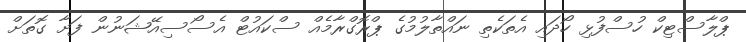
ޕްލާސްޓިކް ހުސްފުޅި ހޯދައި އެތަކެތި ނައްތާލުމުގެ ޕްރޮގްރާމެއް ސްކައުޓް އެސޯސިއޭޝަނުން ފަށާ ގޮތަށް